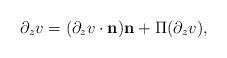
LaTeX: \begin{align*}\partial_zv=(\partial_zv\cdot\mathbf{n})\mathbf{n}+\Pi(\partial_zv),\end{align*}